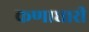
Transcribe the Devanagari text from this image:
कणाधारी